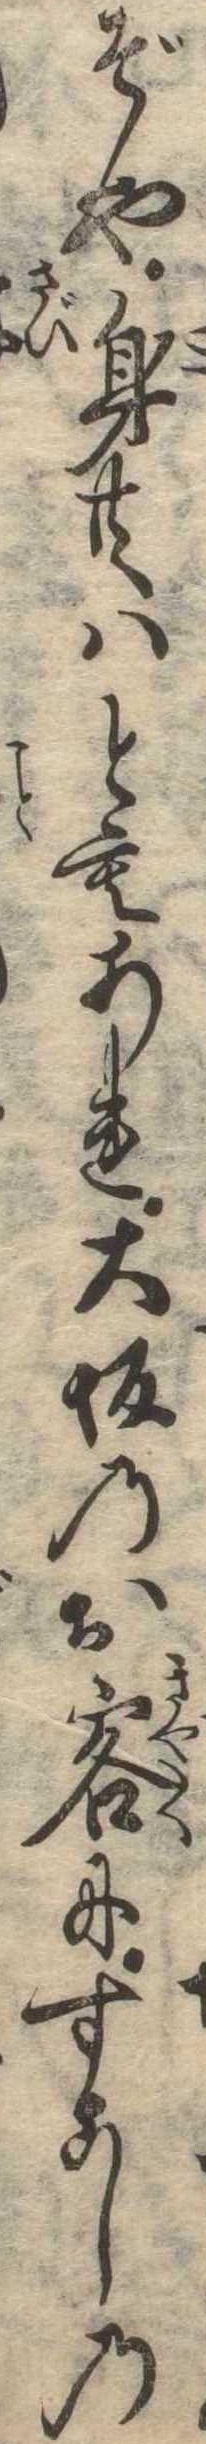
ぞや身共はともあれ大坂のお客にすこしの